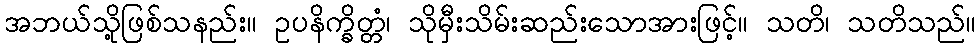
အဘယ်သို့ဖြစ်သနည်း။ ဥပနိက္ခိတ္တံ၊ သိုမှီးသိမ်းဆည်းသောအားဖြင့်။ သတိ၊ သတိသည်။